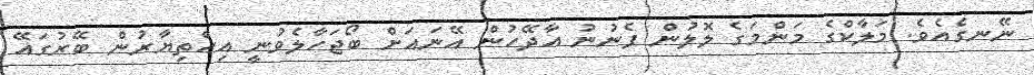
ނޭނގެއެވެ. މަލާކްގެ މަންމަގެ ލޮލުން ފެނުނު އާދޭހުން އޭނައަށް ބޯޖަހާލެވުނީ އިޚްތިޔާރުން ބޭރުގައޭ